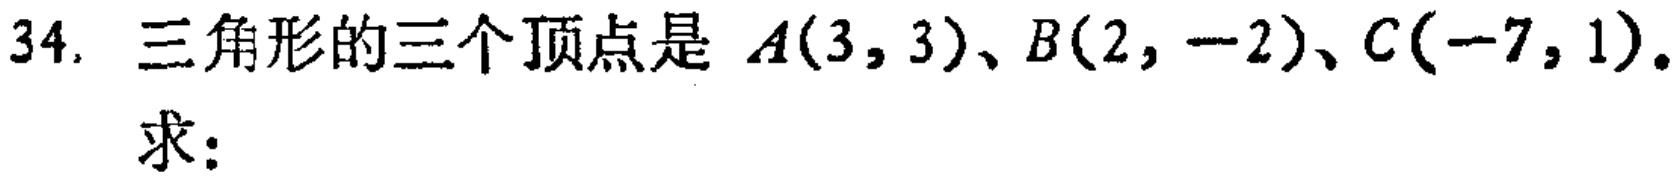
34. 三角形的三个顶点是 \(A(3,3)\)、\(B(2,-2)\)、\(C(-7,1)\)。
求：